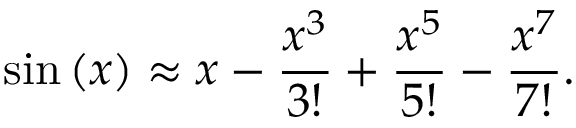
\sin \left( x \right) \approx x - { \frac { x ^ { 3 } } { 3 ! } } + { \frac { x ^ { 5 } } { 5 ! } } - { \frac { x ^ { 7 } } { 7 ! } } .